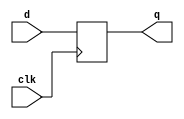
//
// Copyright (c) 2002 Steven Wilson (steve@ka6s.com)
//
//    This source code is free software; you can redistribute it
//    and/or modify it in source code form under the terms of the GNU
//    General Public License as published by the Free Software
//    Foundation; either version 2 of the License, or (at your option)
//    any later version.
//
//    This program is distributed in the hope that it will be useful,
//    but WITHOUT ANY WARRANTY; without even the implied warranty of
//    MERCHANTABILITY or FITNESS FOR A PARTICULAR PURPOSE.  See the
//    GNU General Public License for more details.
//
//    You should have received a copy of the GNU General Public License
//    along with this program; if not, write to the Free Software
//    Foundation, Inc., 59 Temple Place - Suite 330, Boston, MA 02111-1307, USA
//
// SDW: Synth of basic reg form
//
//
module basicreg ( clk, d, q);
input clk, d;
output q;
reg q;

(* ivl_synthesis_on *)
always @(posedge clk)
	q <= d;

endmodule

module tbench ;

reg clk, d;

basicreg u_reg (clk,d,q);

(* ivl_synthesis_off *)
initial 
  begin
    clk = 0;
    d = 0;
    # 1;
    clk = 1;
    # 1;
    if (q !== 0)
       begin
         $display("FAILED - Q isn't 0 on first edge");
	 $finish;
       end
    d = 1;
    # 1;
    clk = 0;
    # 1;
    if (q !== 0)
       begin
         $display("FAILED - Q isn't 0 after first falling edge");
	 $finish;
       end
    # 1;
    d = 1;
    clk = 1;
    # 1;
    if (q !== 1)
       begin
         $display("FAILED - Q isn't 1 2nd raising edge");
	 $finish;
       end
    # 1;
    clk = 0;
    # 1;
    if (q !== 1)
       begin
         $display("FAILED - Q isn't 1 after 2nd falling edge");
	 $finish;
       end
    $display("PASSED");

  end
endmodule